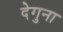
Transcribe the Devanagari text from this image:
देगुना